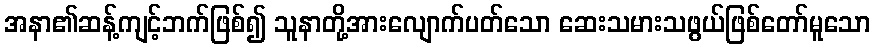
အနာ၏ဆန့်ကျင့်ဘက်ဖြစ်၍ သူနာတို့အားလျောက်ပတ်သော ဆေးသမားသဖွယ်ဖြစ်တော်မူသော